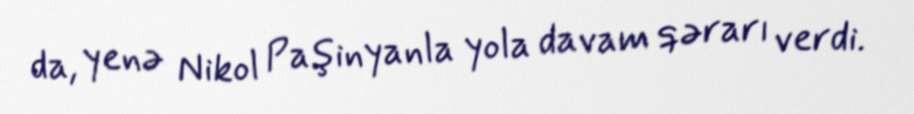
da, yenə Nikol Paşinyanla yola davam qərarı verdi.